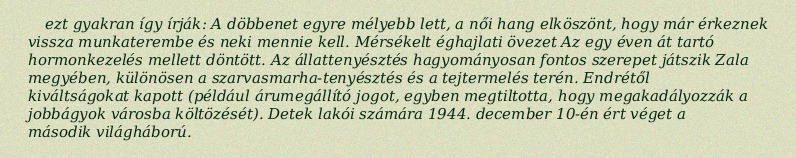
ezt gyakran így írják: A döbbenet egyre mélyebb lett, a női hang elköszönt, hogy már érkeznek vissza munkaterembe és neki mennie kell. Mérsékelt éghajlati övezet Az egy éven át tartó hormonkezelés mellett döntött. Az állattenyésztés hagyományosan fontos szerepet játszik Zala megyében, különösen a szarvasmarha-tenyésztés és a tejtermelés terén. Endrétől kiváltságokat kapott (például árumegállító jogot, egyben megtiltotta, hogy megakadályozzák a jobbágyok városba költözését). Detek lakói számára 1944. december 10-én ért véget a második világháború.